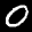
Label: 0